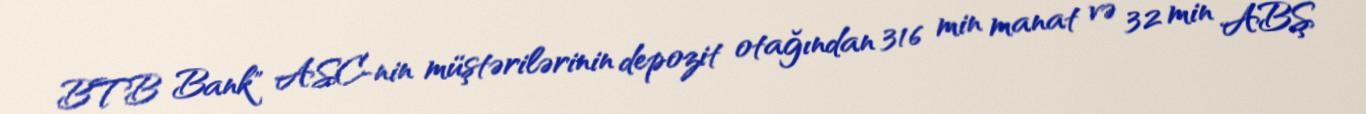
BTB Bank" ASC-nin müştərilərinin depozit otağından 316 min manat və 32 min ABŞ